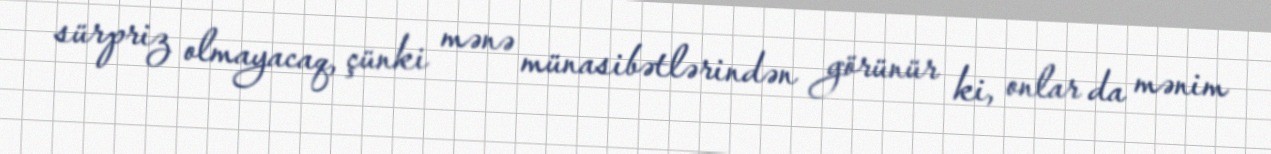
sürpriz olmayacaq, çünki mənə münasibətlərindən görünür ki, onlar da mənim